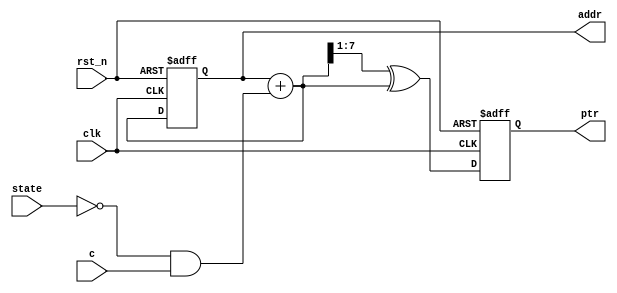
`timescale 1ns / 1ps
//////////////////////////////////////////////////////////////////////////////////
// Company: 
// 
// Design Name: Address Pointer
// Module Name: Address_Pointer
// Project Name: 
// Target Devices: 
// Tool Versions: Vivado 2021.2
// Description: 
// 
// Dependencies: 
// 
// Revision:
// Revision 0.01 - File Created
// Additional Comments:
// 
//////////////////////////////////////////////////////////////////////////////////


module Address_Pointer #(parameter addrsize = 8)(
    addr,
    ptr,
    clk,
    rst_n,
    state,
    c
    );
    
    output [addrsize-1:0]addr;
    output reg [addrsize-1:0]ptr;
    input clk;
    input rst_n;
    input state;
    input c;
    
    reg [addrsize-1:0]ptr_bin;
    wire [addrsize-1:0]ptr_bin_next = ptr_bin + (~state & c);
    wire [addrsize-1:0]ptr_gray_next = (ptr_bin_next >> 1) ^ ptr_bin_next;
    
    assign addr = ptr_bin[addrsize-1:0];
    
    always@(posedge clk, negedge rst_n)
    begin
        if(!rst_n)
        begin
            ptr_bin <= 0;
            ptr <= 0;
        end
        
        else
        begin
            ptr_bin <= ptr_bin_next;
            ptr <= ptr_gray_next;
        end
    end
endmodule